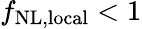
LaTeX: f_{\mathrm{NL,local}}<1